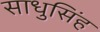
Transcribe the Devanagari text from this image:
साधुसिंह